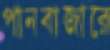
পানবাজারে